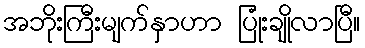
အဘိုးကြီးမျက်နှာဟာ ပြုံးချိုလာပြီ။